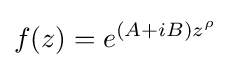
f(z)=e^{(A+iB)z^{\rho }}